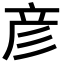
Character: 彦